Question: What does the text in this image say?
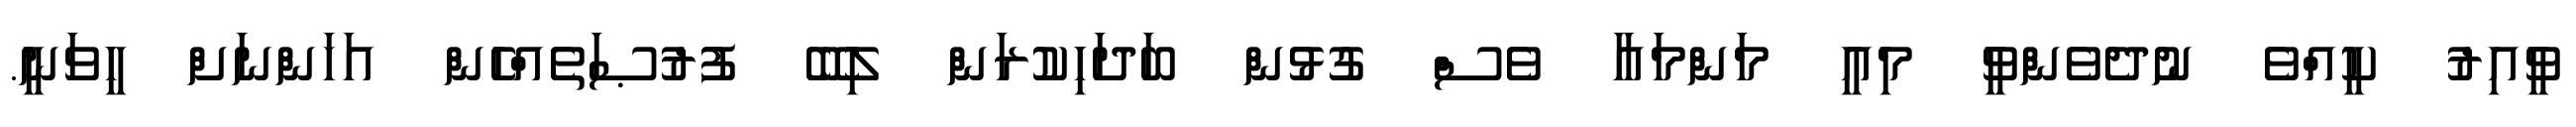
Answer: ވީއިރު ކީއްވެ ނުދެވެންވީ މިއީ މަންމައާ ވެސް ގުޅުން ބަދަހިކުރަން ލިބޭ ފުރުޞަތެއްހެން އަހަންނަށް ހީވަނީ.